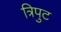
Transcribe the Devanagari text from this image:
त्रिपुट